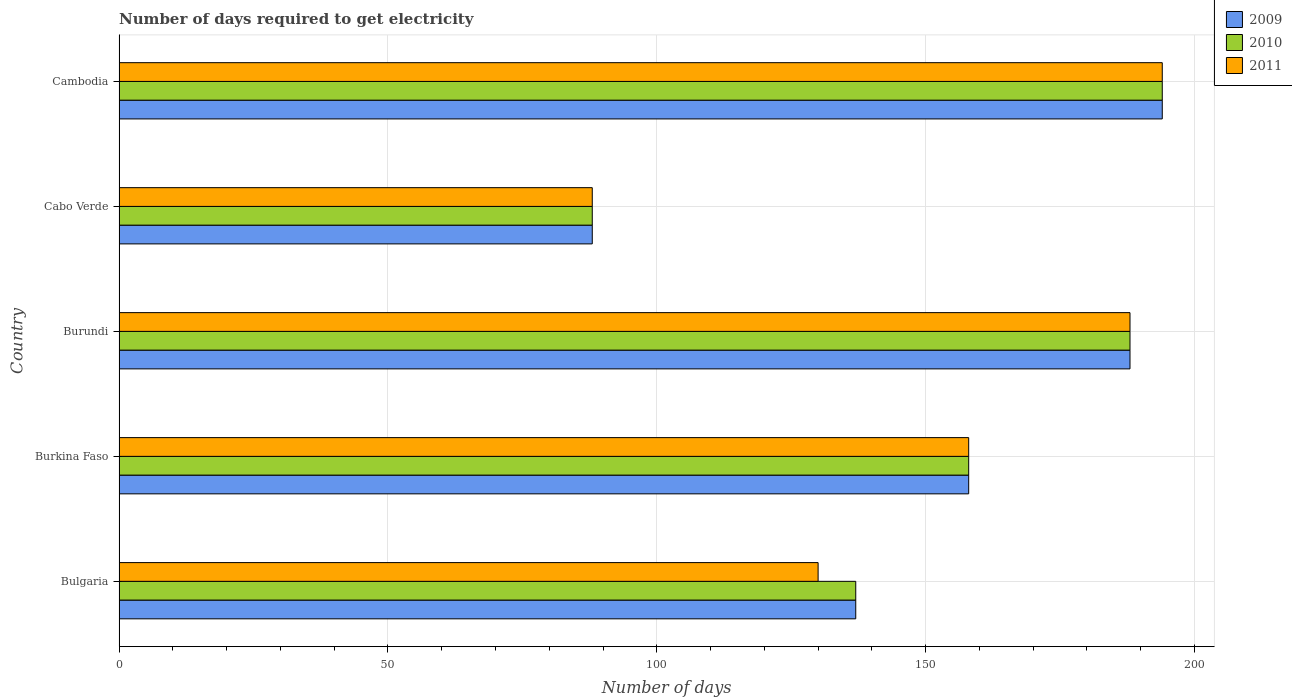
| Country | 2009 | 2010 | 2011 |
 | --- | --- | --- | --- |
 | Bulgaria | 137 | 137 | 130 |
 | Burkina Faso | 158 | 158 | 158 |
 | Burundi | 188 | 188 | 188 |
 | Cabo Verde | 88 | 88 | 88 |
 | Cambodia | 194 | 194 | 194 |